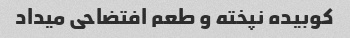
کوبیده نپخته و‌ طعم افتضاحی میداد